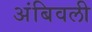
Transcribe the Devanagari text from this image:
अंबिवली